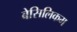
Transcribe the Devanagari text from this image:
बेसिलिकम